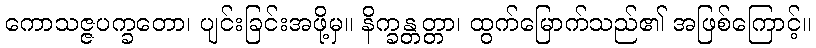
ကောသဇ္ဇပက္ခတော၊ ပျင်းခြင်းအဖို့မှ။ နိက္ခန္တတ္တာ၊ ထွက်မြောက်သည်၏ အဖြစ်ကြောင့်။